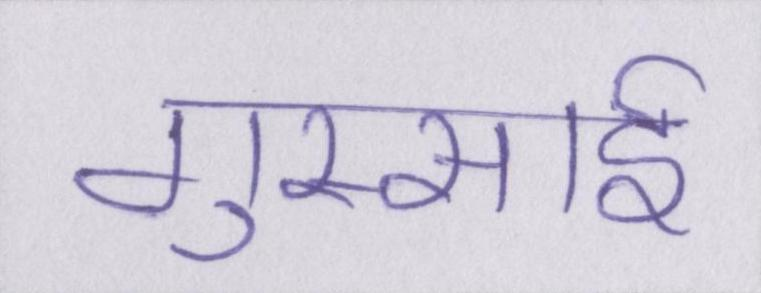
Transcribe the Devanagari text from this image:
गुस्साई